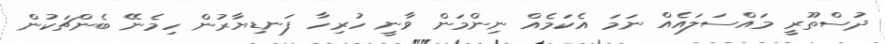
ދުސްތޫރީ މައްސަލައެއް ނަމަ އެކަމެއް ނިންމަން ވާނީ ހުރިހާ ފަނޑިޔާރުން ހިމެނޭ ބެންޗަކުން